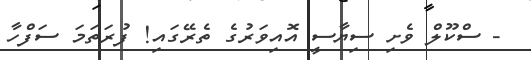
- ސްކޫލް ވެށި ސިޔާސީ އޮއިވަރުގެ ތެރޭގައި! ފުރަތަމަ ސަފްހާ